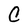
Character: C